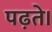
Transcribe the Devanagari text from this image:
पढ़ते।